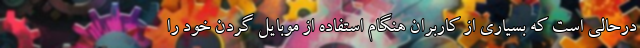
درحالی است که بسیاری از کاربران هنگام استفاده از موبایل گردن خود را